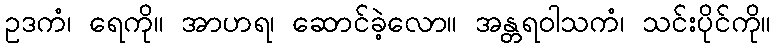
ဥဒကံ၊ ရေကို။ အာဟရ၊ ဆောင်ခဲ့လော။ အန္တရဝါသကံ၊ သင်းပိုင်ကို။